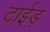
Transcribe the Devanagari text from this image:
टाईड़